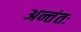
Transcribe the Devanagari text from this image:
अन्तंतः